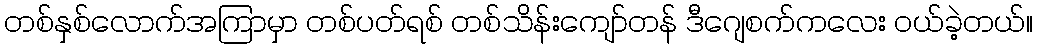
တစ်နှစ်လောက်အကြာမှာ တစ်ပတ်ရစ် တစ်သိန်းကျော်တန် ဒီဂျေစက်ကလေး ဝယ်ခဲ့တယ်။